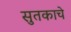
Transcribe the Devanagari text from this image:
सुतकाचे